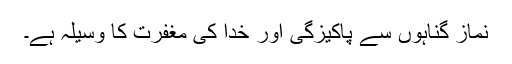
نماز گناہوں سے پاکیزگی اور خدا کی مغفرت کا وسیلہ ہے۔